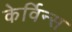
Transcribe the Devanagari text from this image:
केर्विन्स